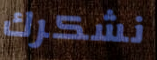
نشكرك